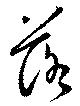
落